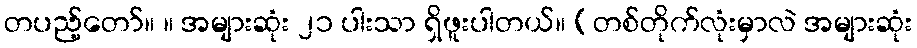
တပည့်တော်။ ။ အများဆုံး ၂၁ ပါးသာ ရှိဖူးပါတယ်။ (တစ်တိုက်လုံးမှာလဲ အများဆုံး